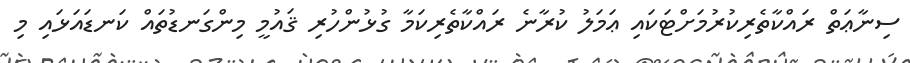
ސިނާޢަތް ރައްކާތެރިކުރުމަށްޓަކައި ޢަމަލު ކުރާނެ ރައްކާތެރިކަމާ ގުޅުންހުރި ޤައުމީ މިންގަނޑުތައް ކަނޑައަޅައި މި